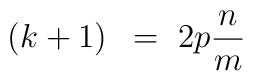
\left(k+1\right)~=~2p\frac{n}{m}